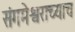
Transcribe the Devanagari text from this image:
संगमेश्वराच्याच